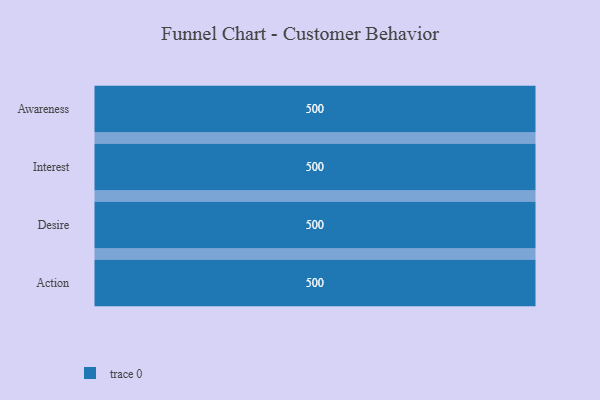
{"axis": {"x": "Stage", "y": "Value"}, "legend": [""], "data": [{"x": "Awareness", "y": 500, "type": ""}, {"x": "Interest", "y": 500, "type": ""}, {"x": "Desire", "y": 500, "type": ""}, {"x": "Action", "y": 500, "type": ""}]}